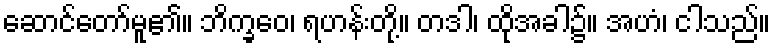
ဆောင်တော်မူ၏။ ဘိက္ခဝေ၊ ရဟန်းတို့။ တဒါ၊ ထိုအခါ၌။ အဟံ၊ ငါသည်။